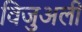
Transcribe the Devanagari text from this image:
विजुअली